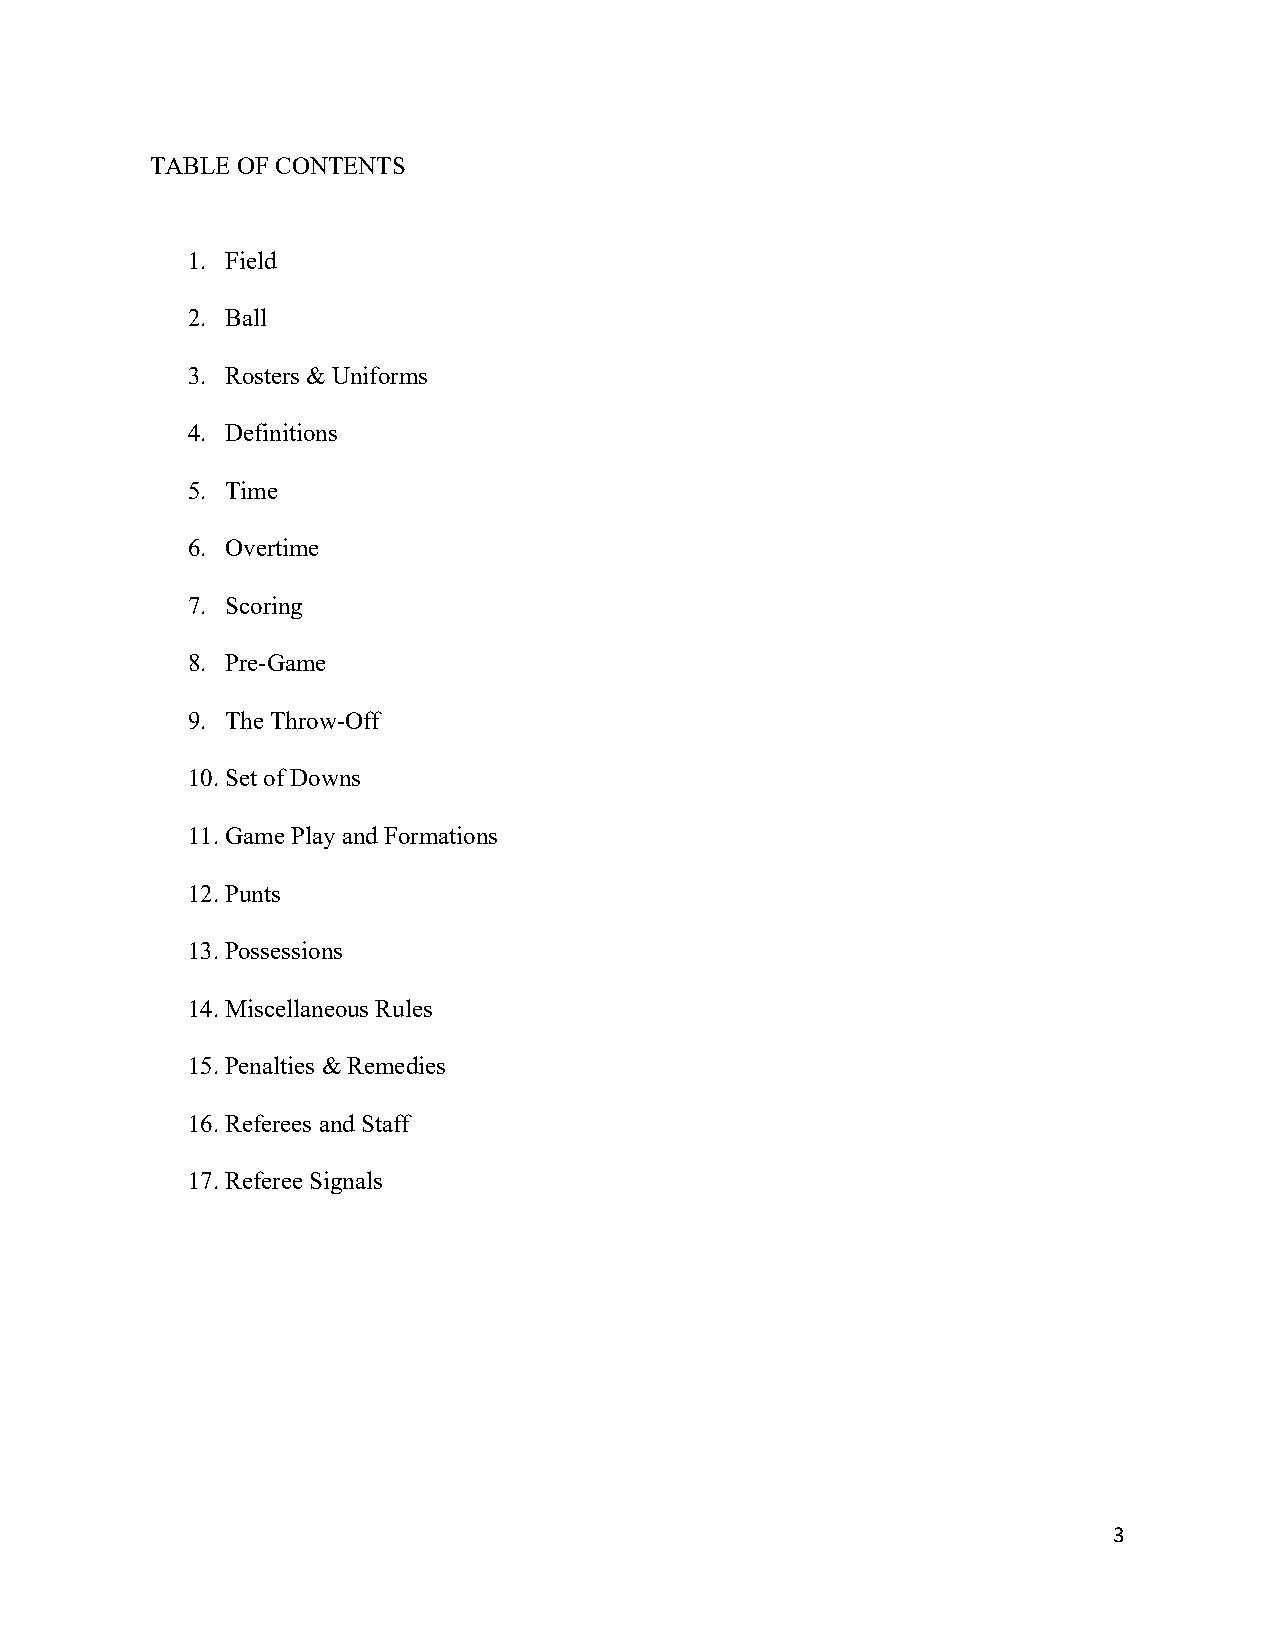
TABLE OF CONTENTS
 1. Field
 2. Ball
 3. Rosters & Uniforms
 4. Definitions
 5. Time
 6. Overtime
 7. Scoring
 8. Pre-Game
 9. The Throw-Off
 10. Set of Downs
 11. Game Play and Formations
 12. Punts
 13. Possessions
 14. Miscellaneous Rules
 15. Penalties & Remedies
 16. Referees and Staff
 17. Referee Signals
 3